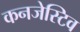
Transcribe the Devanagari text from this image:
कनजेस्टिव